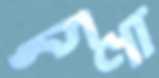
চুণা